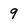
Character: 9